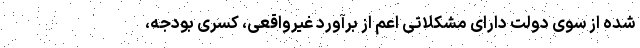
شده از سوی دولت دارای مشکلاتی اعم از برآورد غیرواقعی، کسری بودجه،